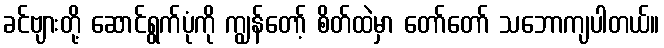
ခင်ဗျားတို့ ဆောင်ရွက်ပုံကို ကျွန်တော့် စိတ်ထဲမှာ တော်တော် သဘောကျပါတယ်။